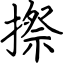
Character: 摖